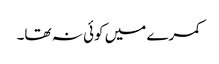
کمرے میں کوئی نہ تھا۔